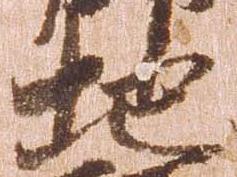
地